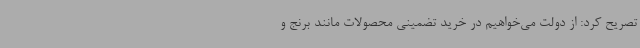
تصریح کرد: از دولت می‌خواهیم در خرید تضمینی محصولات مانند برنج و